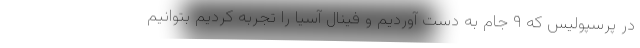
در پرسپولیس که ۹ جام به دست آوردیم و فینال آسیا را تجربه کردیم بتوانیم